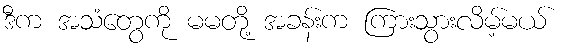
ဒီက အသံတွေကို မမတို့ အခန်းက ကြားသွားလိမ့်မယ်